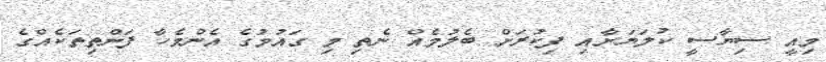
މިއީ ސިޔާސީ ކުލަޔަށާއި ފިކުރަށް ބެލުމެއް ނެތި މި ގައުމުގެ އެންމެހާ ފަންތިތަކެއްގެ